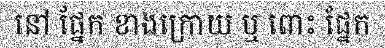
នៅ ផ្នែក ខាងក្រោយ ឬ ពោះ ផ្នែក